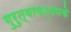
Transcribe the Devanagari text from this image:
गुरुत्वाकर्षणके